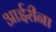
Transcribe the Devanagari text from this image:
आईरीना